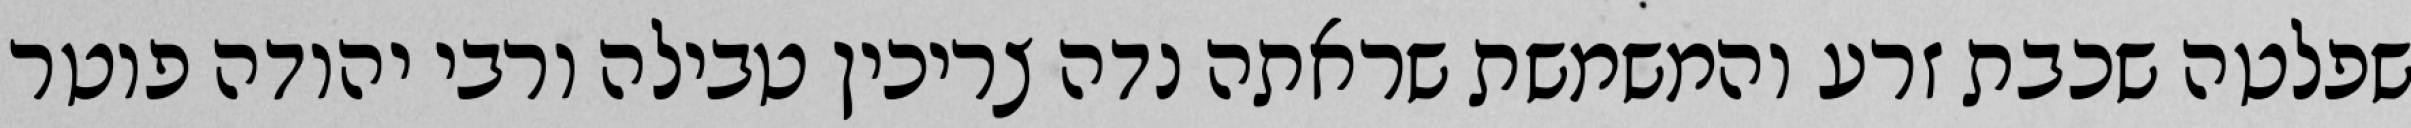
שפלטה שכבת זרע והמשמשת שראתה נדה צריכין טבילה ורבי יהודה פוטר